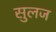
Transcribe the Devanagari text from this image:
सुलज